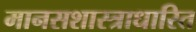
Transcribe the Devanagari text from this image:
मानसशास्त्राधारित